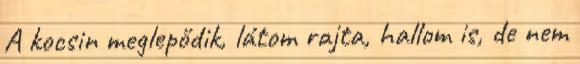
A kocsin meglepődik, látom rajta, hallom is, de nem